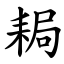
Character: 䎤